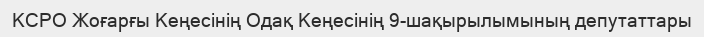
КСРО Жоғарғы Кеңесінің Одақ Кеңесінің 9-шақырылымының депутаттары